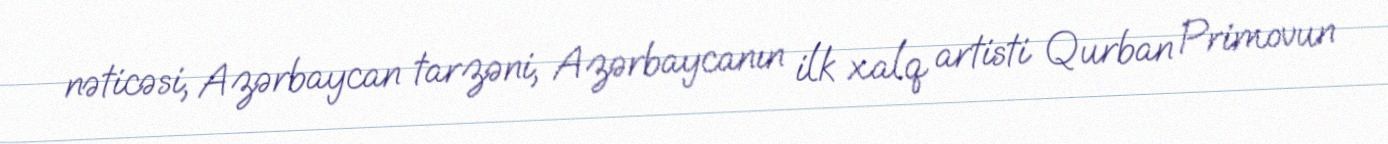
nəticəsi, Azərbaycan tarzəni, Azərbaycanın ilk xalq artisti Qurban Primovun